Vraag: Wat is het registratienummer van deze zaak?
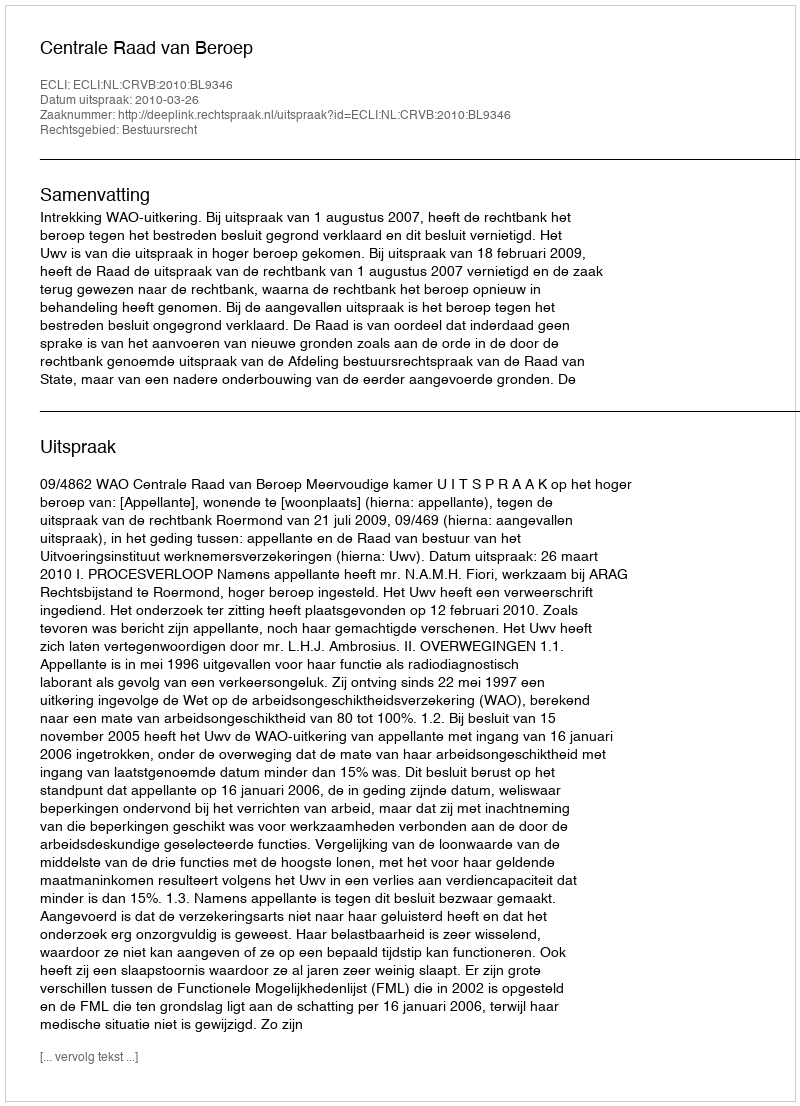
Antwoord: http://deeplink.rechtspraak.nl/uitspraak?id=ECLI:NL:CRVB:2010:BL9346